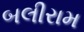
બલીરામ